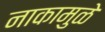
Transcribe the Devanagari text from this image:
नाकामुळे